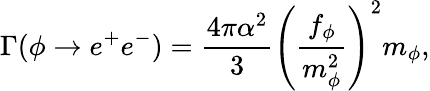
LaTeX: \Gamma(\phi\to e^{+}e^{-})=\frac{4\pi\alpha^{2}}{3}\left(\frac{f_{\phi}}{m_{\phi}^{2}}\right)^{2}m_{\phi},